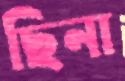
ছিনা